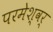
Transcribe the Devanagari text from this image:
परमेश्वर्